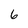
Character: 6